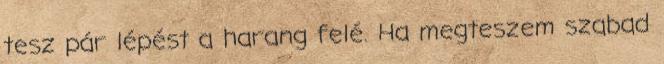
tesz pár lépést a harang felé. Ha megteszem szabad